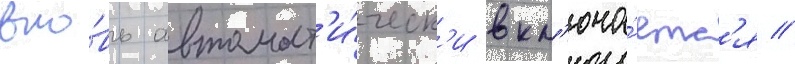
вно́вь автомат'и́ческ'и вкл'юча́етс'я //